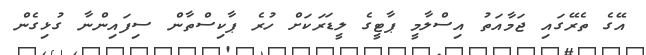
އޭގެ ތެރޭގައި ޖަމާއަތު އިސްލާމީ ޕާޓީގެ ލީޑަރަކަށް ހުރެ ޕާކިސްތާން ސިފައިންނާ ގުޅިގެން